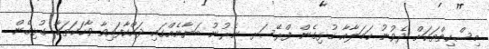
މިސްކިތްތަކަށް ދެވުނު ހަމަލާއާ ގުޅިގެން ފްރޭސަރ ނެރުނު ބަޔާނެއްގައި ދައްކާފައިވާ ވާހަކަތަކާ ގުޅިގެން